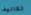
تكاليف